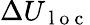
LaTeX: \Delta U_{\mathrm{~l~o~c~}}